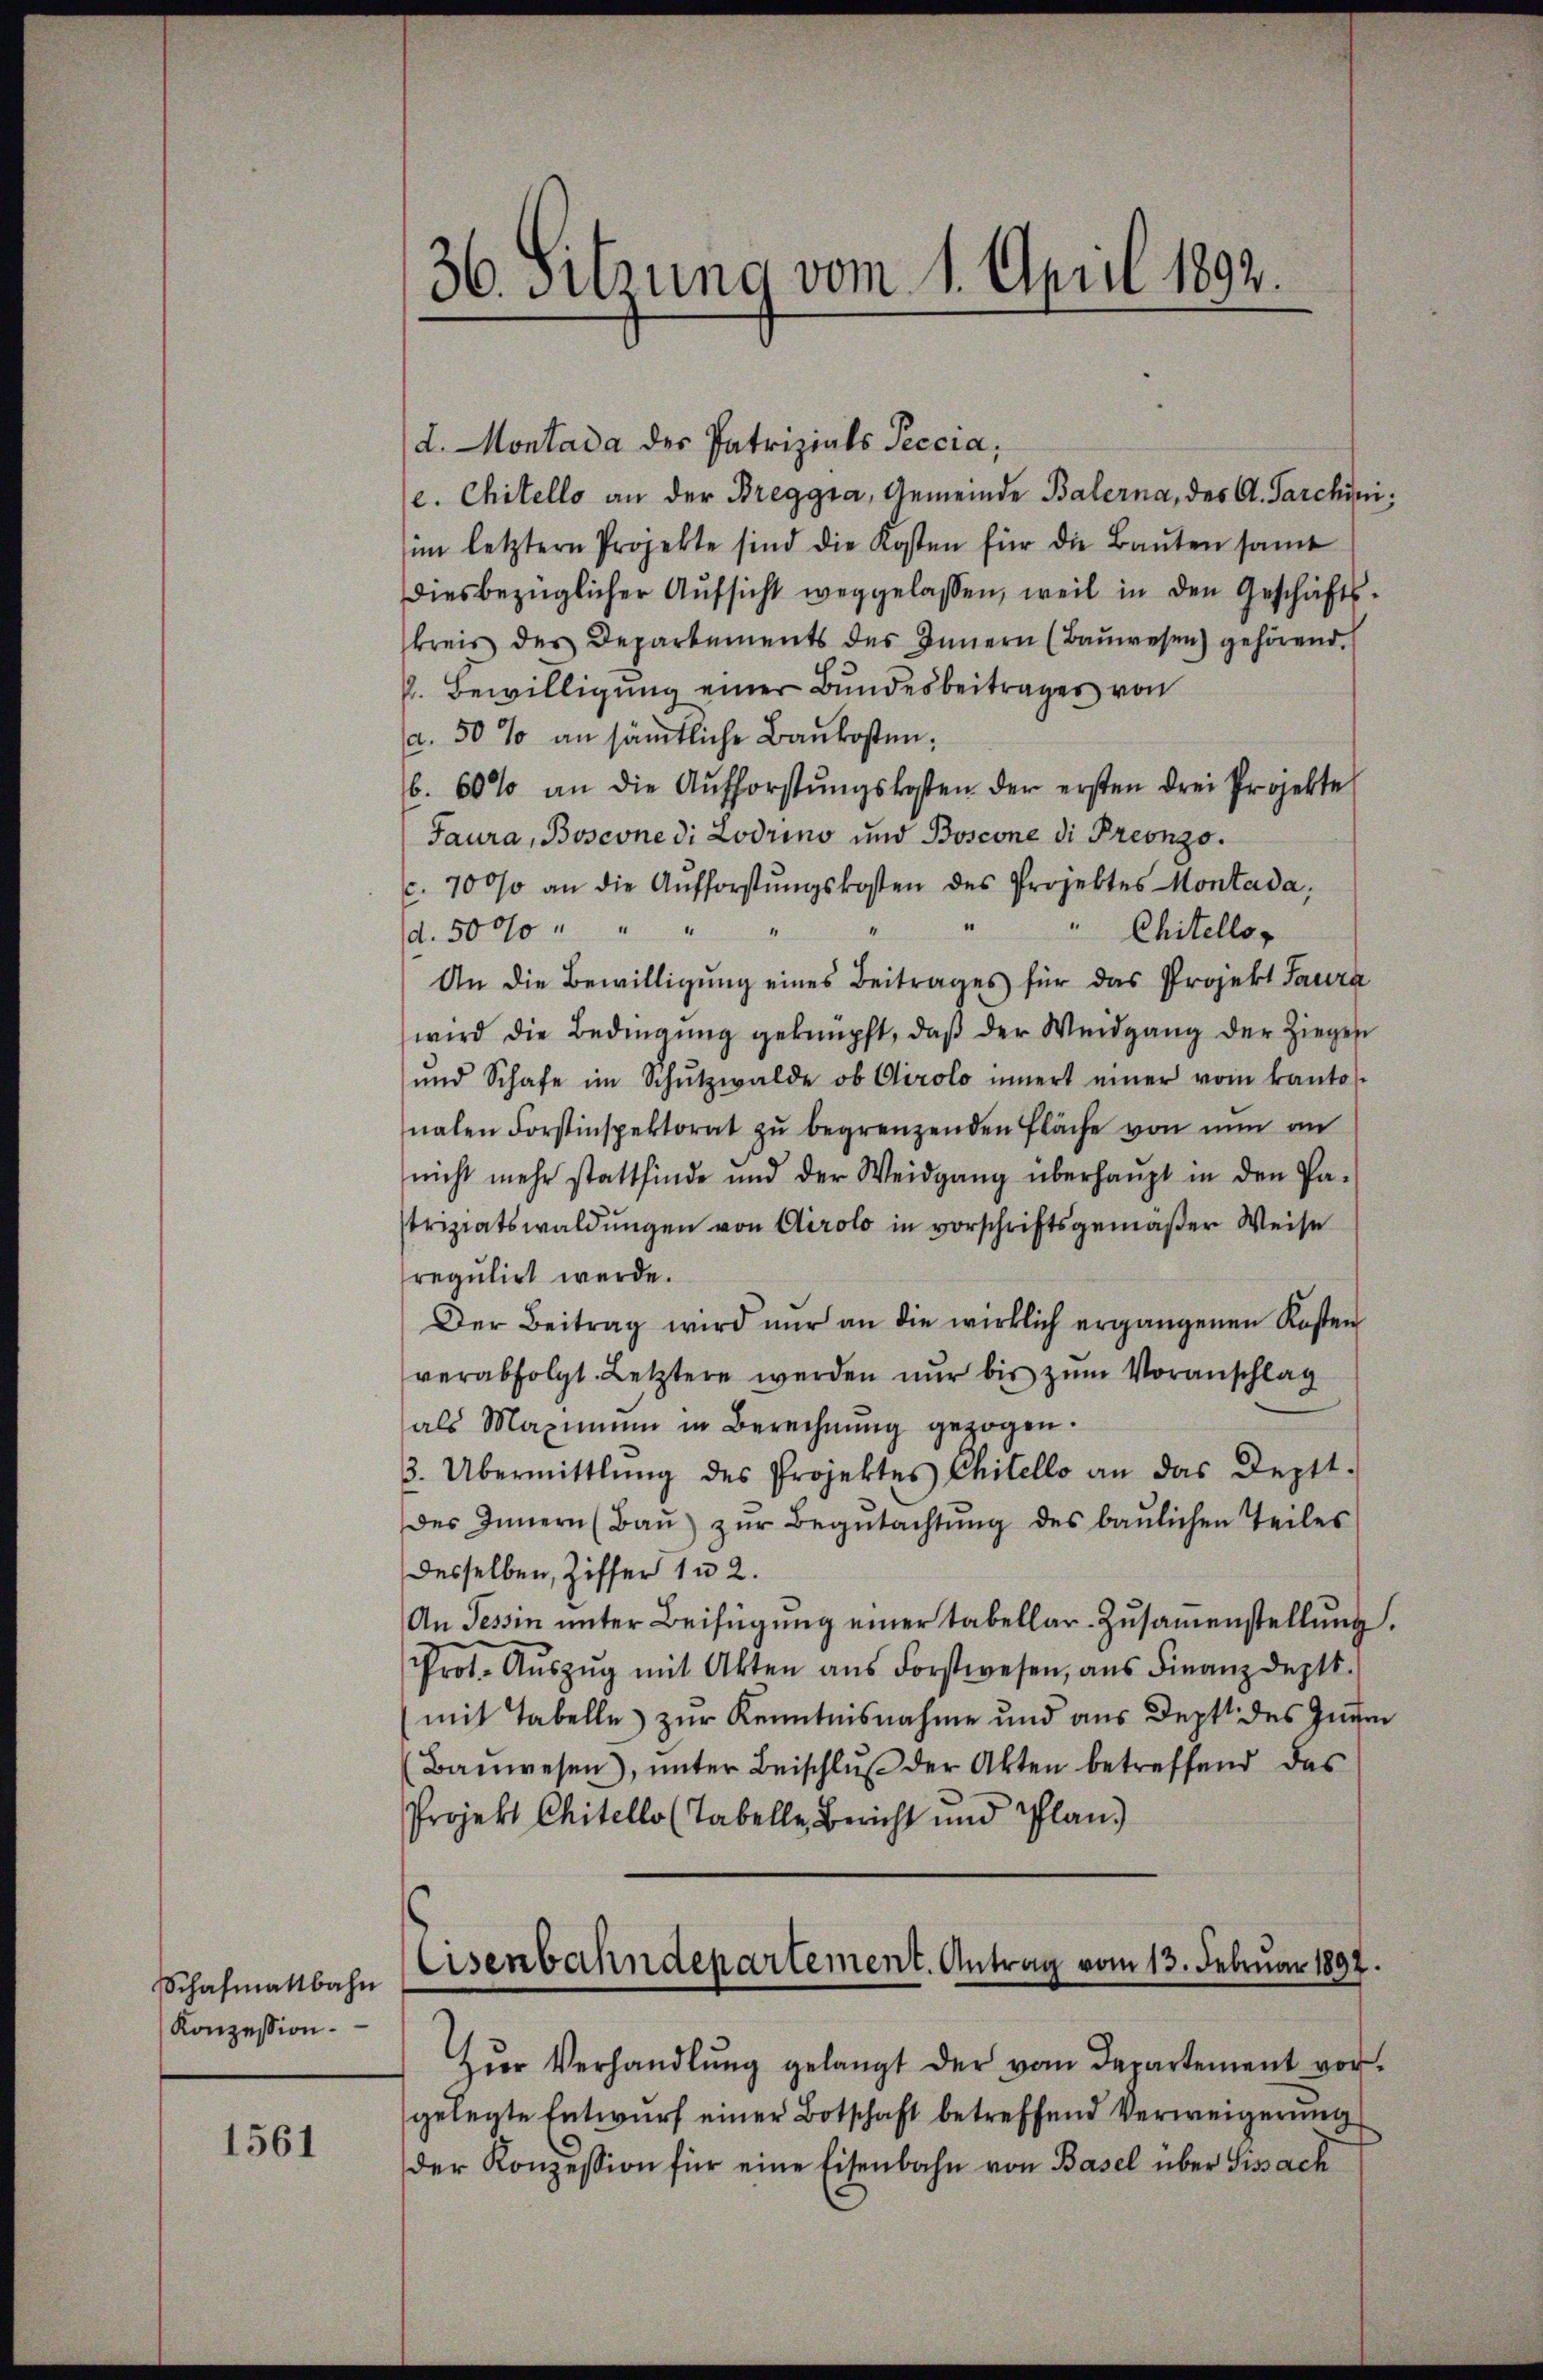
Schafmattbahn
Konzession.

1561

d. Montada des Patrizials Peccia,
e. Chitello an der Breggia, Gemeinde Balerna, des A. Tarchiniim letztern Projekte sind die Kosten für die Baŭten samt
diesbezüglicher Aŭfsicht weggelassen, weil in den Geschäfts-
kreis des Departements des Innern (Baŭwesen) gehörend.
k. Bewilligung einer Bundesbeitrages von
a. 50 % an sämtliche Baukosten,
b. 60% an die Aufforstŭngskosten der ersten drei Projekte
Jaura, Boscone di Lodrino und Boscone di Preonzo.
c. 7000 an die Aŭfforstŭngskosten des Projektes Montada,
" Chitello
(d. 5000
An die Bewilligung eines Beitrages für das Projekt Laura
wird die Bedingung geknüpft, daß der Weidgang der Ziegen
ŭnd Schafe im Schŭtzwalde ob Airolo innert einer vom kanto-
nalen Forstinspektorat zŭ begrenzenden Fläche von nun an
nicht mehr stattfinde und der Weidgang überhaŭpt in den Pa-
Ptriziatswaldungen von Airolo in vorschriftsgemäßer Weise
regulirt werde.
Der Beitrag wird nŭr an die wirklich ergangenen Kosten
verabfolgt. Letztere werden nur bis zum Voranschlag
als Maximum in Berechnŭng gezogen.
3. Übermittlung des Projektes Chitello an das Deptt-
des Innern (Baŭ zŭr Begŭtachtŭng des baŭlichen Teiles
desselben, Ziffer 1 u 2.
An Tessin unter Beifügung einer tabellar-Zusammenstellung.
Prot. Aŭszŭg mit Akten ans Forstwesen, ans Finanzdeptt.
mit Tabelle zur Kenntnisnahme und aus Dept des Inn
(Baŭwesen), ŭnter Beischlŭβ der Akten betreffend das
Projekt Chitello (Tabelle Bericht und Plan

36. Sitzung vom 1. April 1892.

Eisenbahndepartement. Antrag vom 13. Februar 1897.

Zŭr Verhandlŭng gelangt der vom Departement vor.
gelegte Entwurf einer Botschaft betreffend Verweigerung
der Konzession für eine Eisenbahn von Basel über Sissach